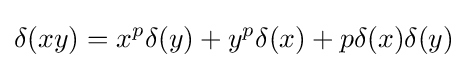
\delta (xy)=x^{p}\delta (y)+y^{p}\delta (x)+p\delta (x)\delta (y)